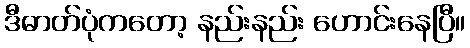
ဒီဓာတ်ပုံကတော့ နည်းနည်း ဟောင်းနေပြီ။